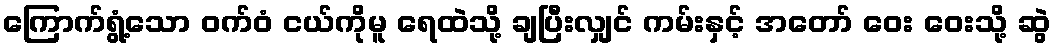
ကြောက်ရွံ့သော ဝက်ဝံ ငယ်ကိုမူ ရေထဲသို့ ချပြီးလျှင် ကမ်းနှင့် အတော် ဝေး ဝေးသို့ ဆွဲ